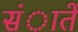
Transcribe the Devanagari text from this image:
संातें